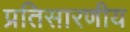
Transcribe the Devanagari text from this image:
प्रतिसारणीय